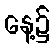
နေ့၌